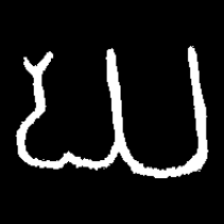
Pyu character \u2014 Myanmar letter: ဃ (romanized: gha)